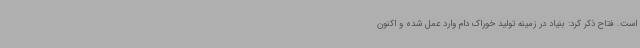
است. فتاح ذکر کرد: بنیاد در زمینه تولید خوراک دام وارد عمل شده و اکنون